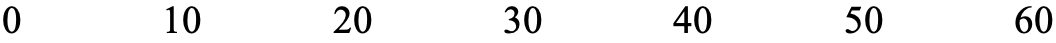
0    10    20    30   40    50   60